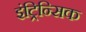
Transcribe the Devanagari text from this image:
इंट्रिन्सिक